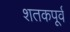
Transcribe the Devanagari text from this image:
शतकपूर्व